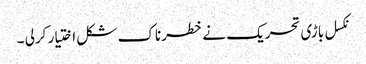
نکسل باڑی تحریک نے خطرناک شکل اختیار کرلی ۔